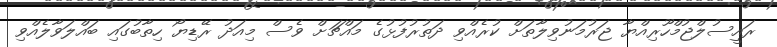
ރައީސުލްޖުމްހޫރިއްޔާ ޖަރުމަނުވިލާތަށް ކުރެއްވި ދަތުރުފުޅުގެ މައްޗަށް ވެސް މިއަދު ރޭޑިޔޯ ހިތާބުގައި ބައްލަވާލެއްވި